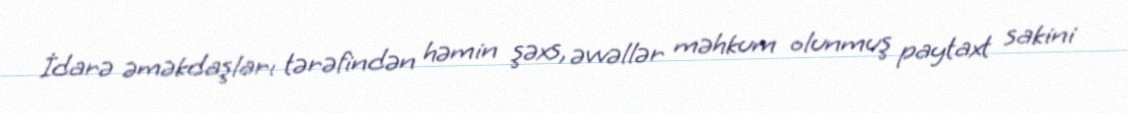
İdarə əməkdaşları tərəfindən həmin şəxs, əvvəllər məhkum olunmuş paytaxt sakini